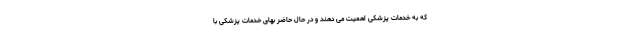
که به خدمات پزشکی اهمیت می دهند و در حال حاضر بهای خدمات پزشکی با